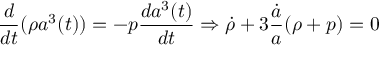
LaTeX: \frac { d } { d t } ( \rho a ^ { 3 } ( t ) ) = - p \frac { d a ^ { 3 } ( t ) } { d t } \Rightarrow \dot { \rho } + 3 \frac { \dot { a } } { a } ( \rho + p ) = 0